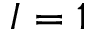
I = 1